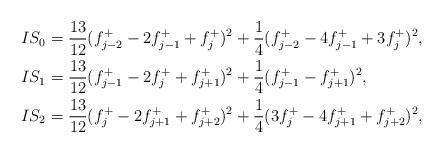
LaTeX: \begin{align*} IS_0&=\frac{13}{12}(f^{+}_{j-2}-2f^{+}_{j-1}+f^{+}_{j})^2+\frac{1}{4}(f^{+}_{j-2}-4f^{+}_{j-1}+3f^{+}_{j})^2,\\ IS_1&=\frac{13}{12}(f^{+}_{j-1}-2f^{+}_{j}+f^{+}_{j+1})^2+\frac{1}{4}(f^{+}_{j-1}-f^{+}_{j+1})^2,\\ IS_2&=\frac{13}{12}(f^{+}_{j}-2f^{+}_{j+1}+f^{+}_{j+2})^2+\frac{1}{4}(3f^{+}_{j}-4f^{+}_{j+1}+f^{+}_{j+2})^2, \end{align*}